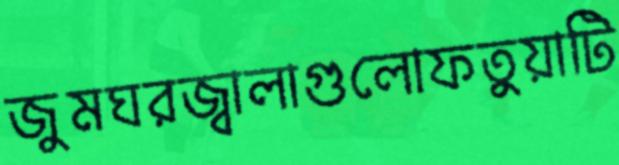
জুমঘরজ্বালাগুলোফতুয়াটি